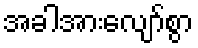
အခါအားလျော်စွာ